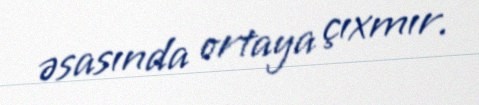
əsasında ortaya çıxmır.